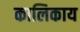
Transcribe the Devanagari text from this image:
कालिकाय